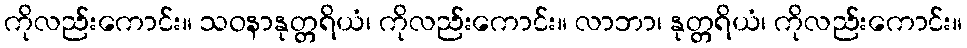
ကိုလည်းကောင်း။ သဝနာနုတ္တရိယံ၊ ကိုလည်းကောင်း။ လာဘာ၊ နုတ္တရိယံ၊ ကိုလည်းကောင်း။